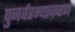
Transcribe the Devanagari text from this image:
पुनर्वहन्‍याकरण